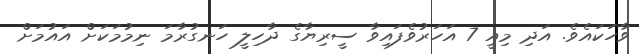
ވާހަކައެވެ. އަދި މިއީ 7 އަހަރުވެފައިވާ ސީރިޔާގެ ދާހިލީ ހަނގުރާމަ ނިމުމަކަށް އައުމަށް